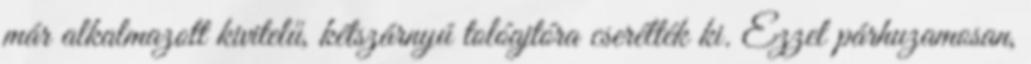
már alkalmazott kivitelű, kétszárnyú tolóajtóra cserélték ki. Ezzel párhuzamosan,